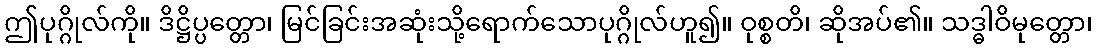
ဤပုဂ္ဂိုလ်ကို။ ဒိဋ္ဌိပ္ပတ္တော၊ မြင်ခြင်းအဆုံးသို့ရောက်သောပုဂ္ဂိုလ်ဟူ၍။ ဝုစ္စတိ၊ ဆိုအပ်၏။ သဒ္ဓါဝိမုတ္တော၊